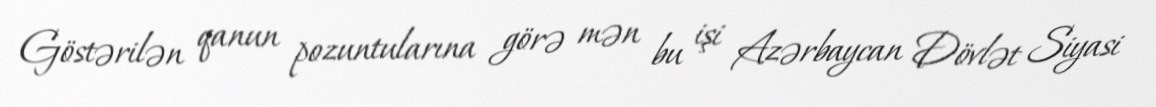
Göstərilən qanun pozuntularına görə mən bu işi Azərbaycan Dövlət Siyasi